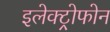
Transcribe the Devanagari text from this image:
इलेक्ट्रोफोन